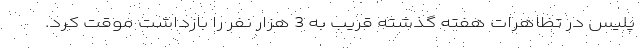
پلیس در تظاهرات هفته گذشته قریب به 3 هزار نفر را بازداشت موقت کرد.